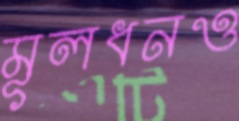
মূলধনও